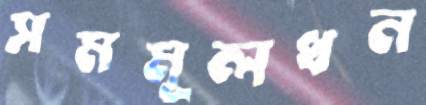
সমমূলধন